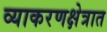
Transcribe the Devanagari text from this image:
व्याकरणक्षेत्रात